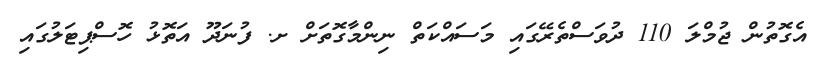
އެގޮތުން ޖުމްލަ 110 ދުވަސްތެރޭގައި މަސައްކަތް ނިންމާގޮތަށް ށ. ފުނަދޫ އަތޮޅު ހޮސްޕިޓަލުގައި